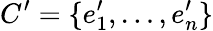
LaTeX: C^{\prime}=\{ e_{1}^{\prime},\ldots,e_{n}^{\prime}\}